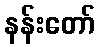
နန်းတော်